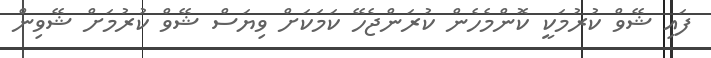
ފައި ޝޭވް ކުރުމަކީ ކޮންމެހެން ކުރަންޖެހޭ ކަމަކަށް ވިޔަސް ޝޭވް ކުރުމަށް ޝޭވިން